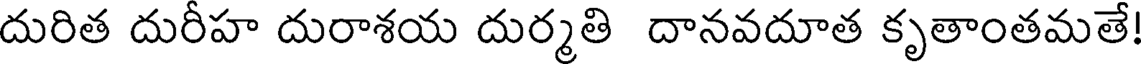
దురిత దురీహ దురాశయ దుర్మతి దానవదూత కృతాంతమతే!